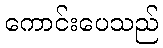
ကောင်းပေသည်